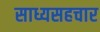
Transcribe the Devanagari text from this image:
साध्यसहचार